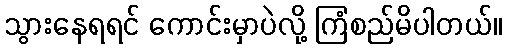
သွားနေရရင် ကောင်းမှာပဲလို့ ကြံစည်မိပါတယ်။